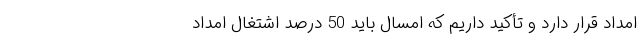
امداد قرار دارد و تأکید داریم که امسال باید 50 درصد اشتغال امداد